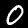
Digit: 0